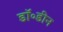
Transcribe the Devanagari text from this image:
डॉ॰डीन